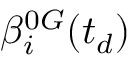
\beta _ { i } ^ { 0 G } ( t _ { d } )